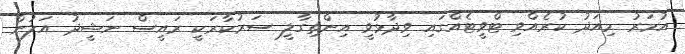
އުމަރު މިއަދު ކުރެއްވި ޓްވީޓެއްގައި ވިދާޅުވީ އިންތިގާލީ ސަރުކާރަކީ ރައީސް ނަޝީދު އަލުން